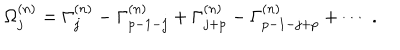
\Omega _ { j } ^ { ( n ) } = \Gamma _ { j } ^ { ( n ) } - \Gamma _ { p - 1 - j } ^ { ( n ) } + \Gamma _ { j + p } ^ { ( n ) } - \Gamma _ { p - 1 - j + p } ^ { ( n ) } + \cdots ~ .